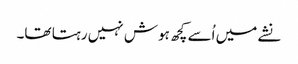
نشے میں اُسے کچھ ہوش نہیں رہتا تھا۔